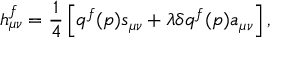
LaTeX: h _ { \mu \nu } ^ { f } = \frac { 1 } { 4 } \left[ q ^ { f } ( p ) s _ { \mu \nu } + \lambda \delta q ^ { f } ( p ) a _ { \mu \nu } \right] ,